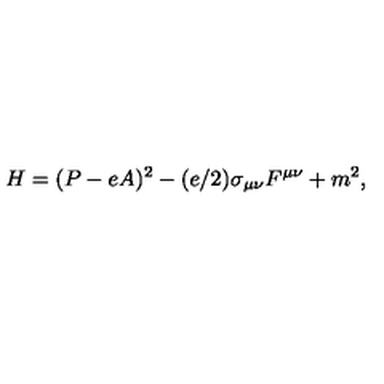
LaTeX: H = ( P - e A ) ^ { 2 } - ( e / 2 ) \sigma _ { \mu \nu } F ^ { \mu \nu } + m ^ { 2 } ,